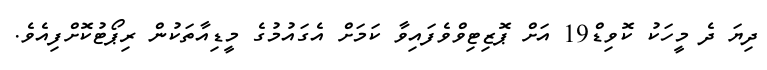
ދިޔަ ދެ މީހަކު ކޮވިޑް19 އަށް ޕޮޒިޓިވްވެފައިވާ ކަމަށް އެގައުމުގެ މީޑިއާތަކުން ރިޕޯޓުކޮށްފިއެވެ.